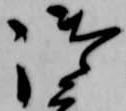
御